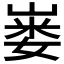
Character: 𪩇